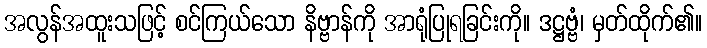
အလွန်အထူးသဖြင့် စင်ကြယ်သော နိဗ္ဗာန်ကို အာရုံပြုရခြင်းကို။ ဒဋ္ဌဗ္ဗံ၊ မှတ်ထိုက်၏။